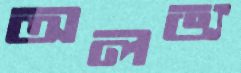
অলভ্য